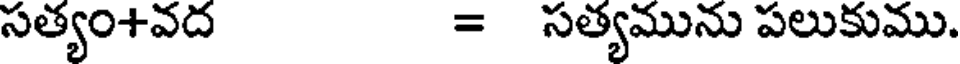
సత్యం+వద = సత్యమును పలుకుము.